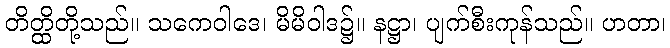
တိတ္ထိတို့သည်။ သကေဝါဒေ၊ မိမိဝါဒ၌။ နဋ္ဌာ၊ ပျက်စီးကုန်သည်။ ဟတာ၊